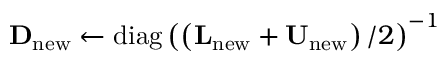
\mathbf { D } _ { \mathrm { n e w } } \leftarrow \operatorname { d i a g } \left( \left( \mathbf { L } _ { \mathrm { n e w } } + \mathbf { U } _ { \mathrm { n e w } } \right) / 2 \right) ^ { - 1 }